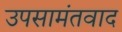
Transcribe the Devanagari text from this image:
उपसामंतवाद